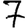
Digit: 7